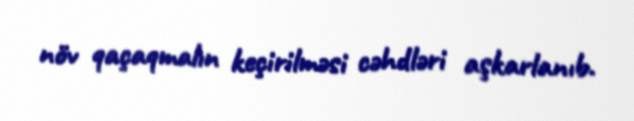
növ qaçaqmalın keçirilməsi cəhdləri aşkarlanıb.